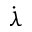
\dot { \lambda }